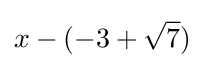
x-(-3+{\sqrt {7}})